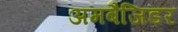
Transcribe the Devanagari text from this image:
अमबैजिडर